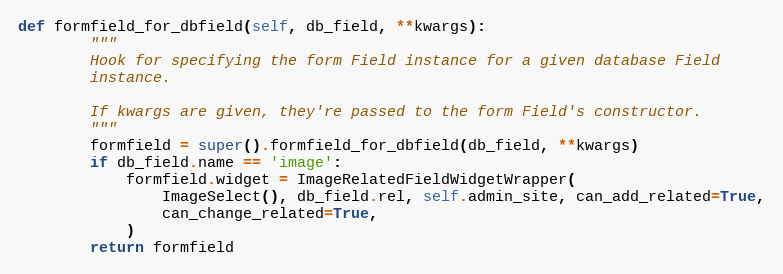
Language: Python
def formfield_for_dbfield(self, db_field, **kwargs):
        """
        Hook for specifying the form Field instance for a given database Field
        instance.

        If kwargs are given, they're passed to the form Field's constructor.
        """
        formfield = super().formfield_for_dbfield(db_field, **kwargs)
        if db_field.name == 'image':
            formfield.widget = ImageRelatedFieldWidgetWrapper(
                ImageSelect(), db_field.rel, self.admin_site, can_add_related=True,
                can_change_related=True,
            )
        return formfield